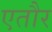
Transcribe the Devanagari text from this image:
एतौर